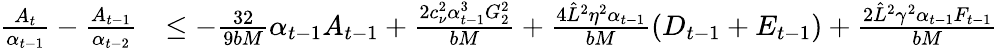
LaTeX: \begin{array}{rl}{\frac{A_{t}}{\alpha_{t-1}}-\frac{A_{t-1}}{\alpha_{t-2}}}&{\leq-\frac{32}{9bM}\alpha_{t-1}A_{t-1}+\frac{2c_{\nu}^{2}\alpha_{t-1}^{3}G_{2}^{2}}{bM}+\frac{4\hat{L}^{2}\eta^{2}\alpha_{t-1}}{bM}(D_{t-1}+E_{t-1})+\frac{2\hat{L}^{2}\gamma^{2}\alpha_{t-1}F_{t-1}}{bM}}\end{array}